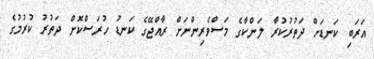
އަރަބި ކަނޑަށް ދަތުރުކުރާ ލަންކާގެ މަސްވެރިންނަށް ރާއްޖޭގެ ކަނޑު ހުރަސްކޮށް ދަތުރު ކުރުމުގެ